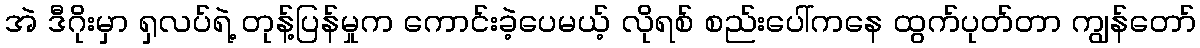
အဲ ဒီဂိုးမှာ ရှလပ်ရဲ့ တုန့်ပြန်မှုက ကောင်းခဲ့ပေမယ့် လိုရစ် စည်းပေါ်ကနေ ထွက်ပုတ်တာ ကျွန်တော်